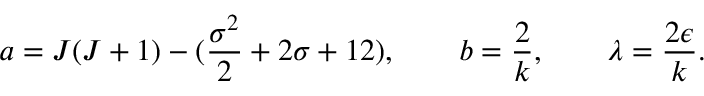
a = J ( J + 1 ) - ( { \frac { \sigma ^ { 2 } } { 2 } } + 2 \sigma + 1 2 ) , \qquad b = { \frac { 2 } { k } } , \qquad \lambda = { \frac { 2 \epsilon } { k } } .